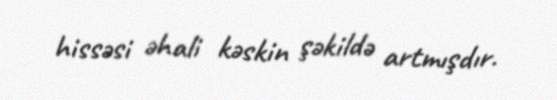
hissəsi əhali kəskin şəkildə artmışdır.